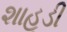
શાહૂડી